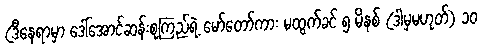
(ဒီနေရာမှာ ဒေါ်အောင်ဆန်းစုကြည်ရဲ့ မော်တော်ကား မထွက်ခင် ၅ မိနစ် (ဒါမှမဟုတ်) ၁၀